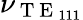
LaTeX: \nu_{\mathrm{~T~E~}_{111}}